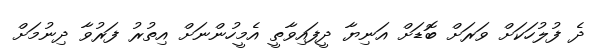
ދެ ފުލުހަކަށް ވަރަށް ބޮޑަށް އަނިޔާ ދީފައިވާތީ އެމީހުންނަށް އިތުރު ފަރުވާ ދިނުމަށް